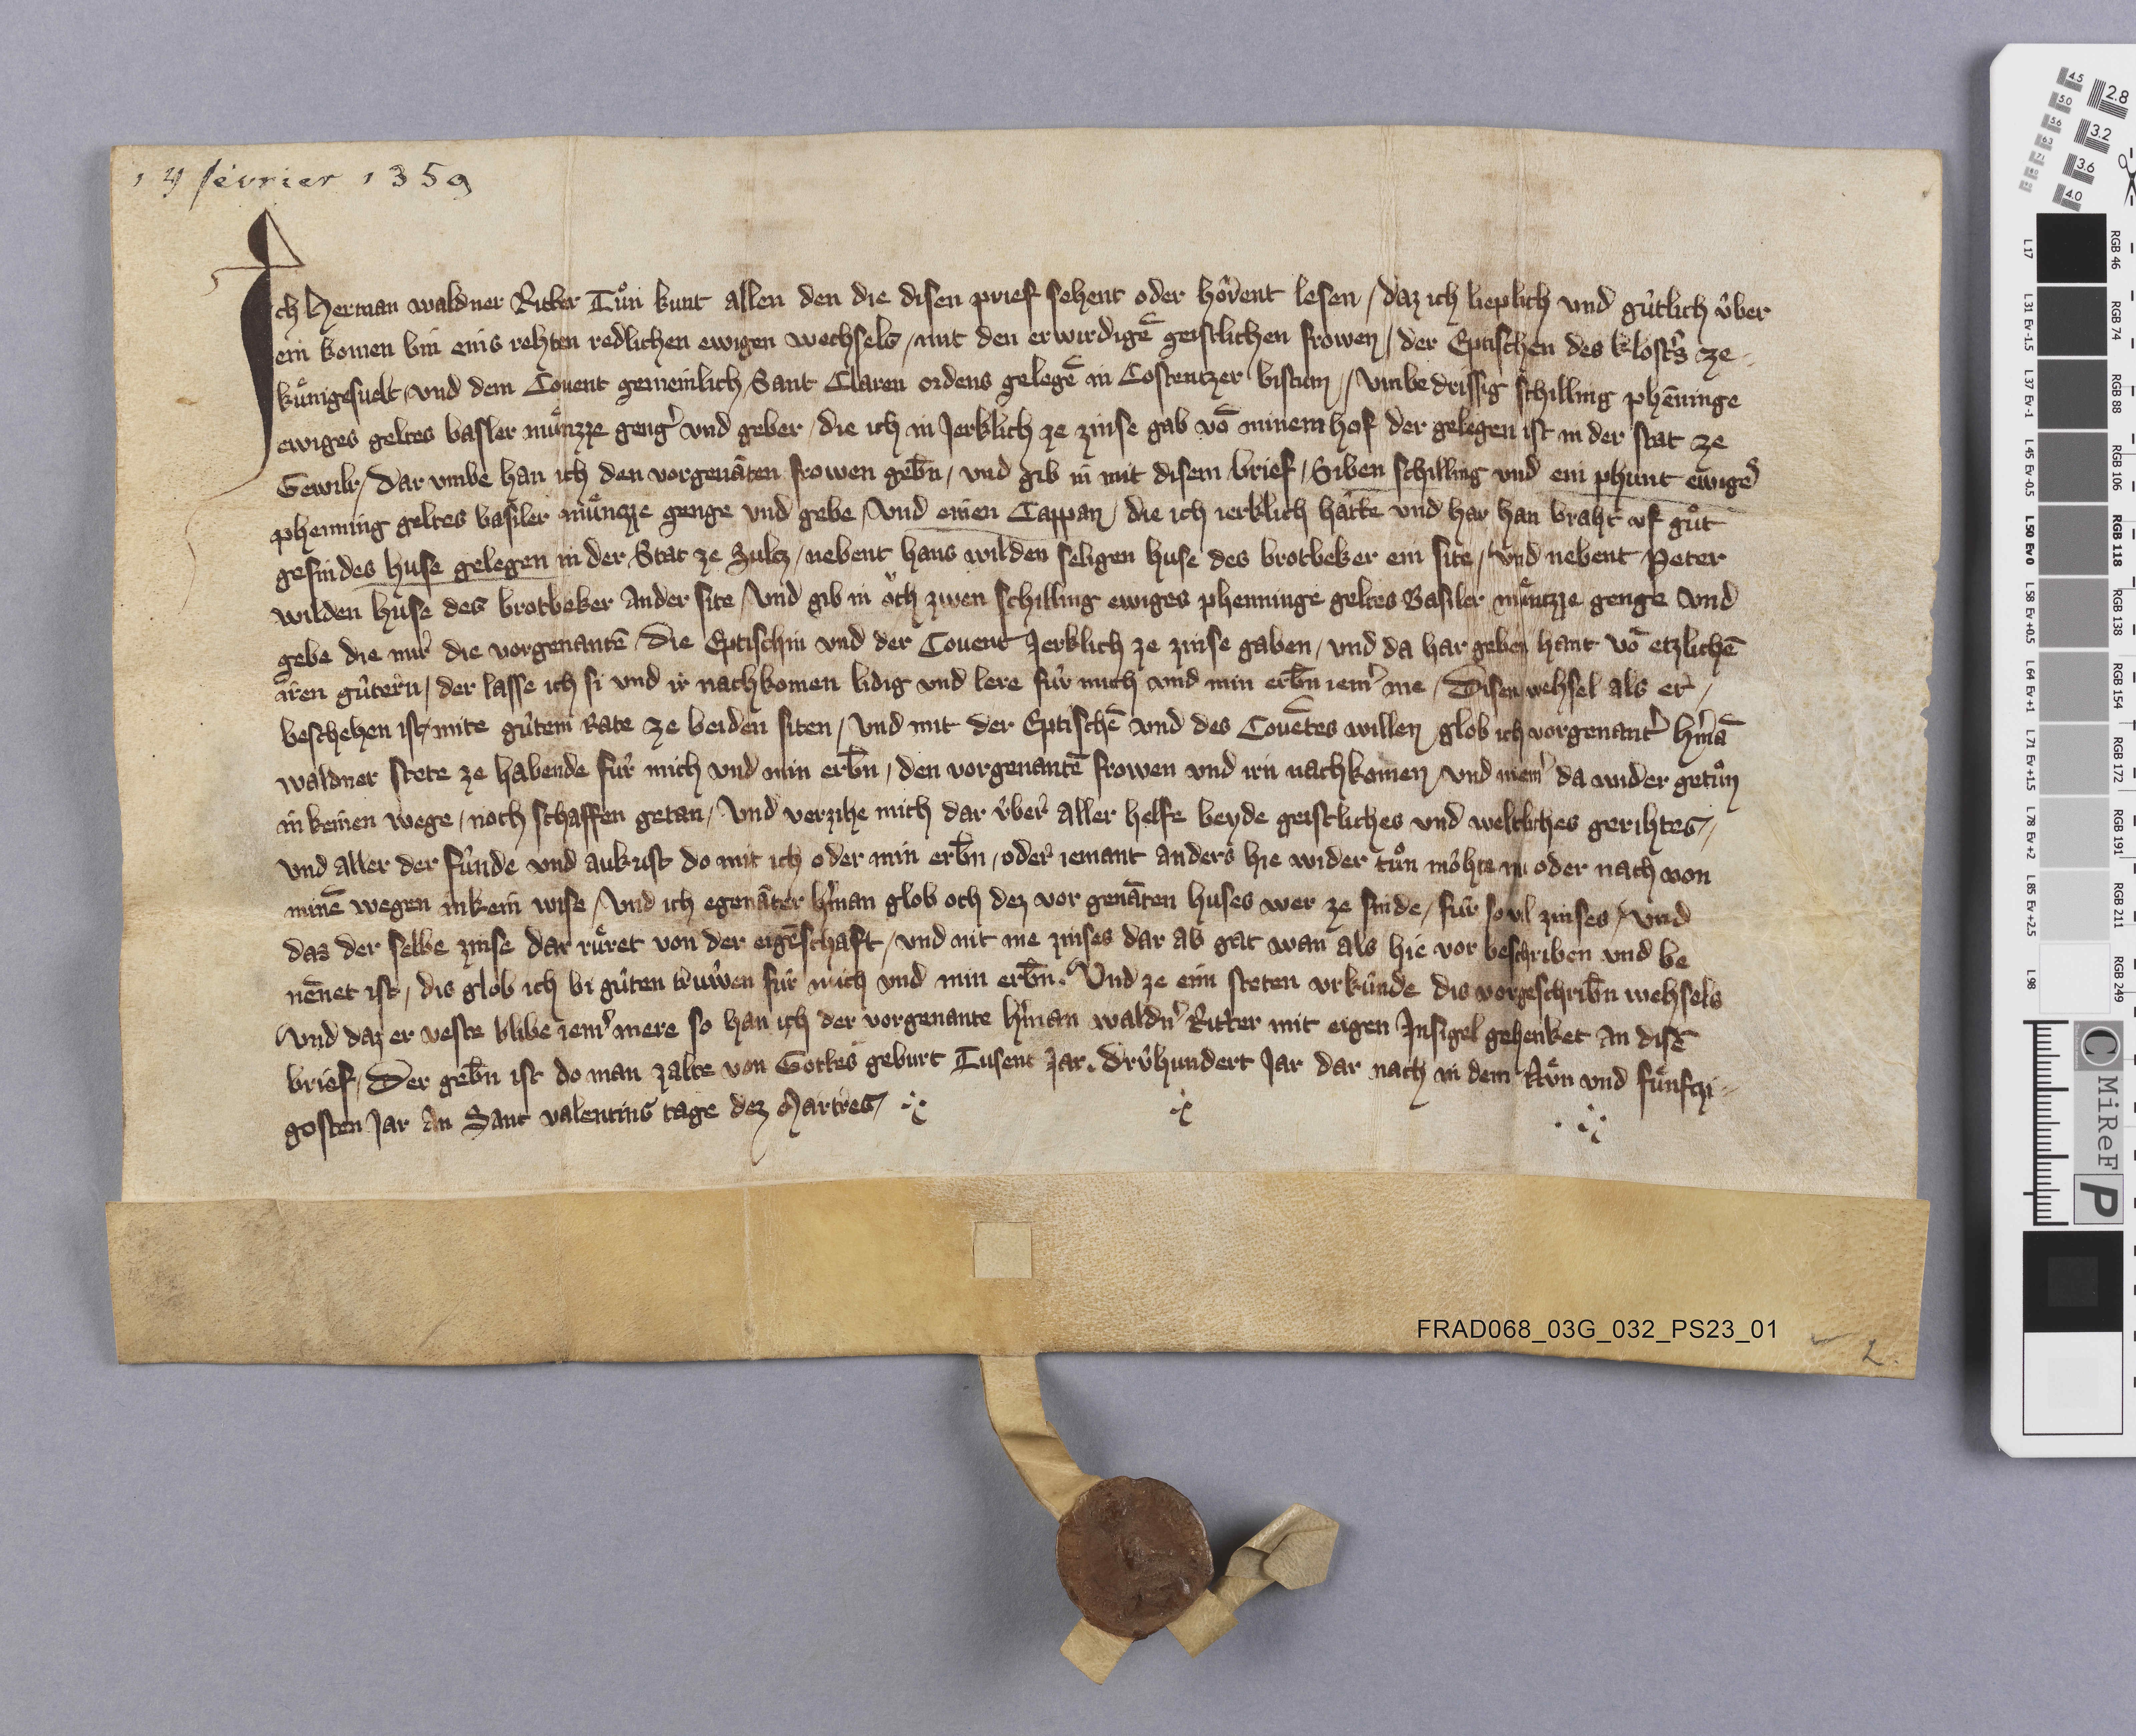
14 février 1359

Ich Hermann Waldner ritter tuͦn kunt allen den die disen prief sehent oder hoͤrent lesen ✳ daz ich lieplich und gùtlich ûber-
ein komen bin eins rehten redlichen ewigen wechsels ✳ mit den erwirdigē geistlichen frowen ✳ der eptischen des klostˀs ze
Kuͤnigesvelt ✳ und dem covent gemeinlich Sant Claren ordens gelegē in Costentzer bistum ✳ umbe drissig schiling phēninge
ewiges geltes Basler muͤnzze gengˀ und geber ✳ die ich in jerklich ze zinse gab vō minem hof der gelegen ist in der stat ze
Gewilr ✳ dar umbe han ich den vorgenāten frowen gebn̄  ✳ und gib in mit disem brief ✳ siben schilling und ein phunt ewigeˀ
phenning geltes Basiler muͤnzze genge und gebe ✳ und einen cappan die ich jerklich hâtte und har han braht uf guͦt
gesin des huse gelegen in der stat ze Sultz ✳ nebent Hans Wilden seligen huse des brotbeker ein site ✳ und nebent Peter
Wilden huse des brotbeker ander site ✳ und gib in oͧch zwen schilling ewiges phenninge geltes Basiler muͤntzze genge und
gebe die mir die vorgenantē ✳ die eptischin und der covent jerklich ze zinse gaben ✳ und da har geben hant vō etzlichē
iren gûtern ✳ der lasse ich si und ir nachkomen lidig und lere fûr mich und min erb̄n jemˀ me ✳ disen wehsel als er ✳
beschehen ist ✳ mite gûtem rate ze beiden siten ✳ und mit der eptischē und des covētes willen glob ich vorgenantˀ Hˀmā
Waldner stete ze habende fûr mich und min erb̄n ✳ den vorgenantē frowen und irn nachkomen und niemˀ da wider getuͦn
in keinen wege ✳ noch schaffen getan ✳ und verzihe mich dar ûber aller helfe beyde geistliches und weltliches gerihtes ✳
und aller der fûnde und aukrist do mit ich oder min erb̄n ✳ oder jemant anders hie wider tuͦn môhte nù oder nach von
minē wegen in kein wise ✳ und ich egenāter Hˀman glob och dez vor genāten huses wer ze sinde ✳ fùr so vil zinses ✳ und
das der selbe zinse dar ruͤret von der eigēschaft ✳ und nit me zinses dar ab gat wan als hie vor beschriben und be-
nēnet ist ✳ dis glob ich bi gûten trûwen fûr mich und min erb̄n. und ze eim steten urkûnde dis vorgeschrib̄n wehsels
und daz er veste blibe jemˀ mere so han ich der vorgenante Hˀman Waldnˀ ritter mit eigen insigel gehenket an disē
brief ✳ der geb̄n ist do man zalte von gottes geburt tusent jar ✳ drûhundert jar dar nach in dem nuͤn und fuͤnftzi¬
gosten jar an sant Valentins tage dez martres. ✳